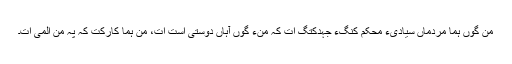
من گوں ہما مردماں سیادیءِ محکم کنَگءِ جہدکتگ اَت کہ منءَ گوں آہاں دوستی اَست اَت، من ہما کارکت کہ پہ من الّمی اَت۔